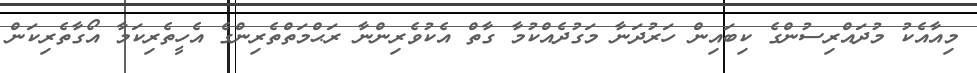
މިއާއެކު މުދައްރިސުންގެ ކިބައިން ހަރުދަނާ މަގުދެއްކުމާ ގާތް އެކުވެރިންނާ ރަޙްމަތްތެރިންގެ އެހީތެރިކަމާ އޯގާތެރިކަން